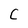
Character: C